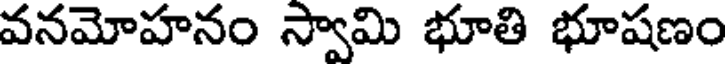
వనమోహనం స్వామి భూతి భూషణం